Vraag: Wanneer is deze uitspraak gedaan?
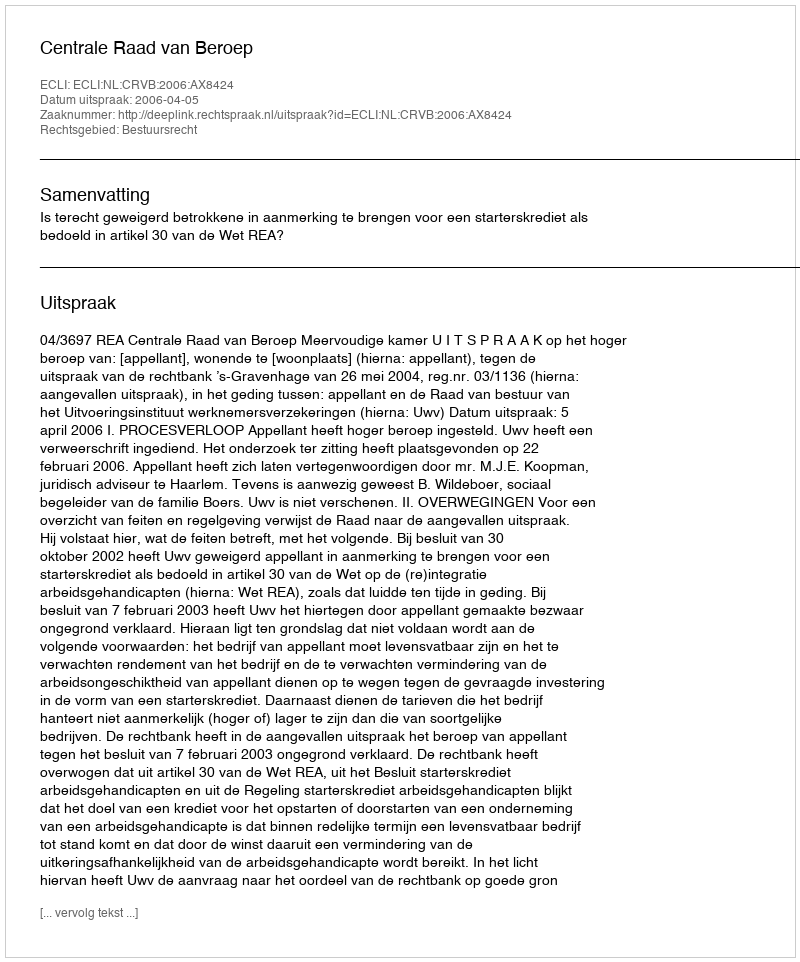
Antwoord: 2006-04-05